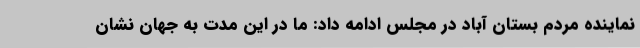
نماینده مردم بستان آباد در مجلس ادامه داد: ما در این مدت به جهان نشان